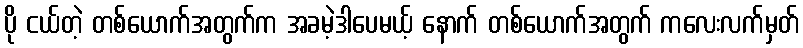
ပို ငယ်တဲ့ တစ်ယောက်အတွက်က အခမဲ့ဒါပေမယ့် နောက် တစ်ယောက်အတွက် ကလေးလက်မှတ်